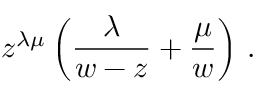
z ^ { \lambda \mu } \left( { \frac { \lambda } { w - z } } + { \frac { \mu } { w } } \right) \, .